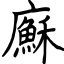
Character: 㢝